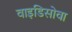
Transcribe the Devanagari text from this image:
वाइडिसोवा